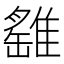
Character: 𩀘